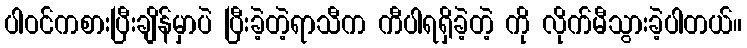
ပါဝင်ကစားပြီးချိန်မှာပဲ ပြီးခဲ့တဲ့ရာသီက ကီပါရရှိခဲ့တဲ့ ကို လိုက်မီသွားခဲ့ပါတယ်။